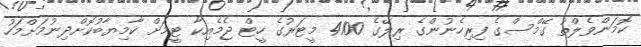
ކޮމަންވެލްތު ގޭމްސްގެ ފިރިހެނުންގެ ރިލޭގެ 4100 މީޓަރުގެ ހީޓް ޖެމެއިކާ ޓީމަށް ކާމިޔާބުކޮށްދިނުމަށްމަހު